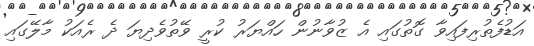
އަޑުފެތުރިފައިވާ ގޮތުގައި އެ ޒުވާނުން ހައްޔަރު ކުރީ ވޭތުވެދިޔަ ދެ ރެއަކު މާލޭގައި